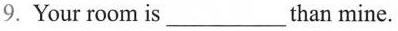
9.Your room is___than mine.